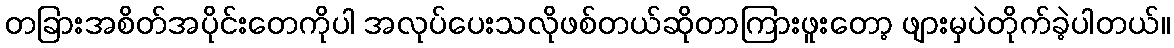
တခြားအစိတ်အပိုင်းတေကိုပါ အလုပ်ပေးသလိုဖစ်တယ်ဆိုတာကြားဖူးတော့ ဖျားမှပဲတိုက်ခဲ့ပါတယ်။